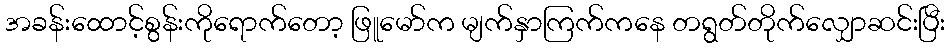
အခန်းထောင့်စွန်းကိုရောက်တော့ ဖြူမော်က မျက်နှာကြက်ကနေ တရွတ်တိုက်လျှောဆင်းပြီး